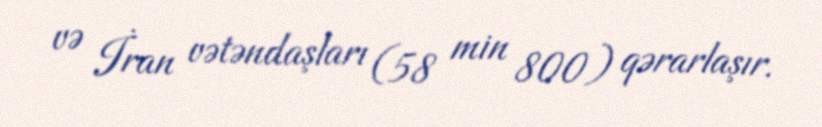
və İran vətəndaşları (58 min 800) qərarlaşır.